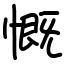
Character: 慨